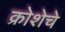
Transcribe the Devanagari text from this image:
क्रोशेचे